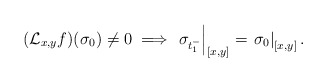
\begin{align*}(\mathcal{L}_{x,y}f)(\sigma_{0})\ne0\implies\left.\sigma_{t_{1}^{-}}\right|_{[x,y]}=\left.\sigma_{0}\right|_{[x,y]}.\end{align*}